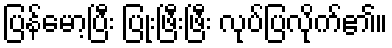
ပြန်မော့ပြီး ပြုံးဖြီးဖြီး လုပ်ပြလိုက်၏။